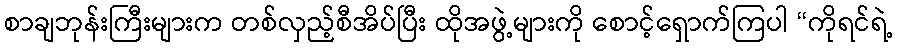
စာချဘုန်းကြီးများက တစ်လှည့်စီအိပ်ပြီး ထိုအဖွဲ့များကို စောင့်ရှောက်ကြပါ “ကိုရင်ရဲ့